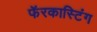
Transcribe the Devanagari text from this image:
फॅरकास्टिंग